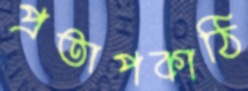
প্রতাপকাঠি